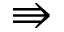
\Rrightarrow